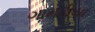
ગામડીયા